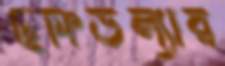
ছফিউল্যার